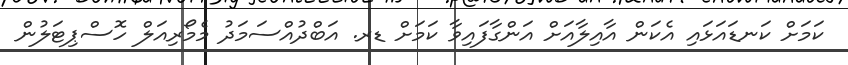
ކަމަށް ކަނޑައަޅައި އެކަން އާއިލާއަށް އަންގާފައިވާ ކަމަށް ޑރ. އަބްދުއްސަމަދު މެމޯރިއަލް ހޮސްޕިޓަލުން